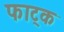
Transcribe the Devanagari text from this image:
फाट्क